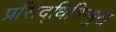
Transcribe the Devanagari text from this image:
प्रसिद्धिविन्मुख